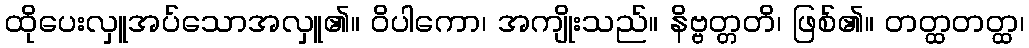
ထိုပေးလှူအပ်သောအလှူ၏။ ဝိပါကော၊ အကျိုးသည်။ နိဗ္ဗတ္တတိ၊ ဖြစ်၏။ တတ္ထတတ္ထ၊